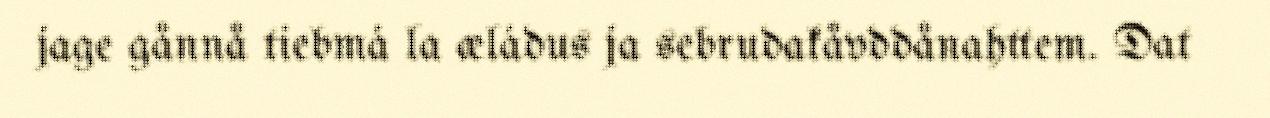
jage gånnå tiebmá la æládus ja sebrudakåvddånahttem. Dat